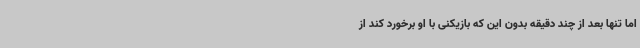
اما تنها بعد از چند دقیقه بدون این که بازیکنی با او برخورد کند از